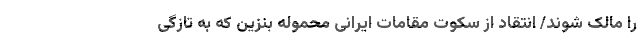
را مالک شوند/ انتقاد از سکوت مقامات ایرانی محموله بنزین که به تازگی